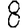
Digit: 8